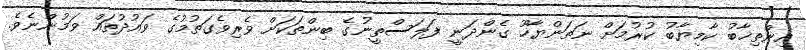
އިންތިޚާބު ކާމިޔާބު ކުރުމަށް ނަތަންޔާހޫ ގެންދަނީ ފަލަސްތީނުގެ ބިންތަކަށް ވެރިވެގަތުމުގެ ވައުދުތައް ވަމުންނެވެ.